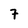
Character: 7